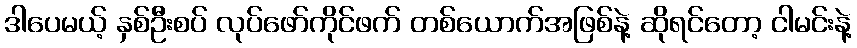
ဒါပေမယ့် နှစ်ဦးစပ် လုပ်ဖော်ကိုင်ဖက် တစ်ယောက်အဖြစ်နဲ့ ဆိုရင်တော့ ငါမင်းနဲ့